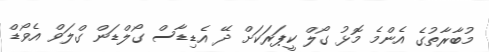
މުބާރާތުގެ އެންމެ މޮޅު ގޯލް ކީޕަރަކަށް ދޭ އެޑިޑާސް ގޯލްޑަން ގްލަވް އެވޯޑް